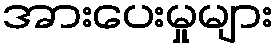
အားပေးမှုများ